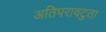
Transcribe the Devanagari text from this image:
अतिपरावटुता